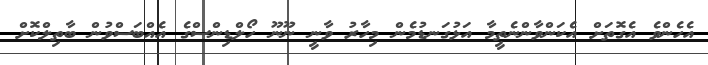
އެހެންވެ އެގޮތަށް އެކަންވާންނެތީމާ އަޅުގަނޑުމެން މިހާރު ވާނީ ނޫނޫ ހޯލްޑިންސްގެ އެއްބަސްވުން ބާތިލްކޮށް